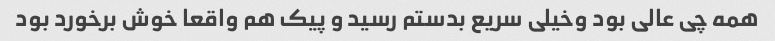
همه چی عالی بود وخیلی سریع بدستم رسید و پیک هم واقعا خوش برخورد بود